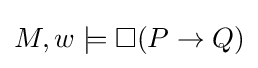
M,w\models \Box (P\rightarrow Q)